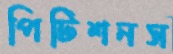
পিটিশনস